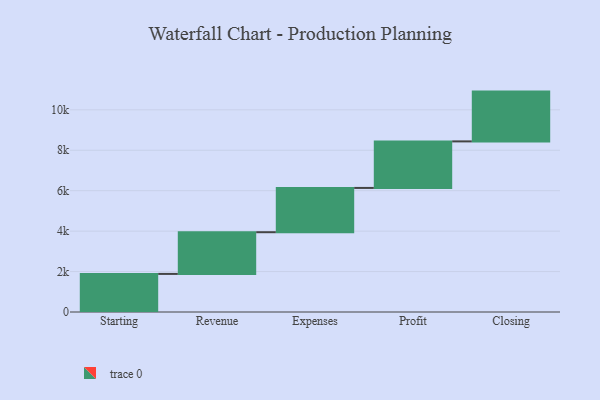
{"axis": {"x": "Step", "y": "Value"}, "legend": [""], "data": [{"x": "Starting", "y": 1884.0, "type": ""}, {"x": "Revenue", "y": 2063.0, "type": ""}, {"x": "Expenses", "y": 2190.0, "type": ""}, {"x": "Profit", "y": 2302.0, "type": ""}, {"x": "Closing", "y": 2463.0, "type": ""}]}